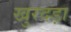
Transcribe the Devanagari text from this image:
खुरदड़ा